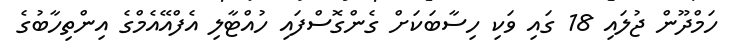
ހަމްދޫން ޖުލައި 18 ގައި ވަކި ހިސާބަކަށް ގެންގޮސްފައި ހުއްޓާލި އެފްއޭއެމްގެ އިންތިހާބުގެ